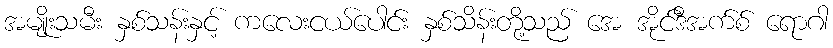
အမျိုးသမီး နှစ်သန်းနှင့် ကလေးငယ်ပေါင်း နှစ်သိန်းတို့သည် အေ အိုင်ဒီအက်စ် ရောဂါ